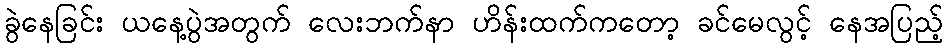
ခွဲနေခြင်း ယနေ့ပွဲအတွက် လေးဘက်နာ ဟိန်းထက်ကတော့ ခင်မေလွင့် နေအပြည့်